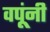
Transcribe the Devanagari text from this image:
वपूंनी